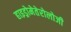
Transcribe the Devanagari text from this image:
हाइड्रोमेतेरोलोजी